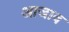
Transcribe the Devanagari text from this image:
आजाव